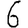
Digit: 6